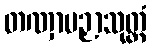
တဏှာပဉှာသုတ္တံ